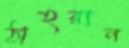
ঠাহরান